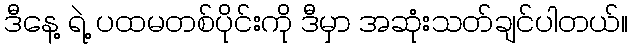
ဒီနေ့ ရဲ့ ပထမတစ်ပိုင်းကို ဒီမှာ အဆုံးသတ်ချင်ပါတယ်။